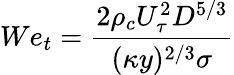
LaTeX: We_{t}=\frac{2\rho_{c}U_{\tau}^{2}D^{5/3}}{(\kappa y)^{2/3}\sigma}